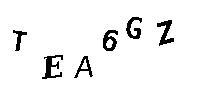
TEA6GZ